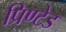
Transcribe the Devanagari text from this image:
प्रिण्टेड